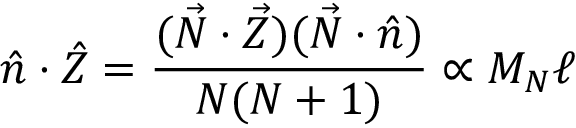
\hat { n } \cdot \hat { Z } = \frac { ( \vec { N } \cdot \vec { Z } ) ( \vec { N } \cdot \hat { n } ) } { N ( N + 1 ) } \propto M _ { N } \ell